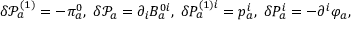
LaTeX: \delta \mathcal { P } _ { a } ^ { ( 1 ) } = - \pi _ { a } ^ { 0 } , \; \delta \mathcal { P } _ { a } = \partial _ { i } B _ { a } ^ { 0 i } , \; \delta P _ { a } ^ { ( 1 ) i } = p _ { a } ^ { i } , \; \delta P _ { a } ^ { i } = - \partial ^ { i } \varphi _ { a } ,